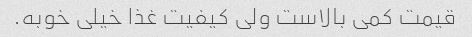
قیمت کمی بالاست ولی کیفیت غذا خیلی خوبه.